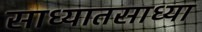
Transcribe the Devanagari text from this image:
साध्यातसाध्या